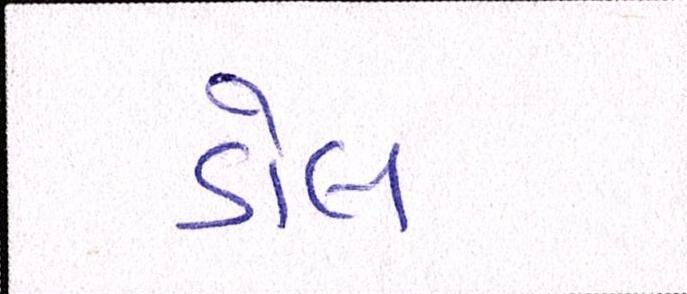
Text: ડોલ